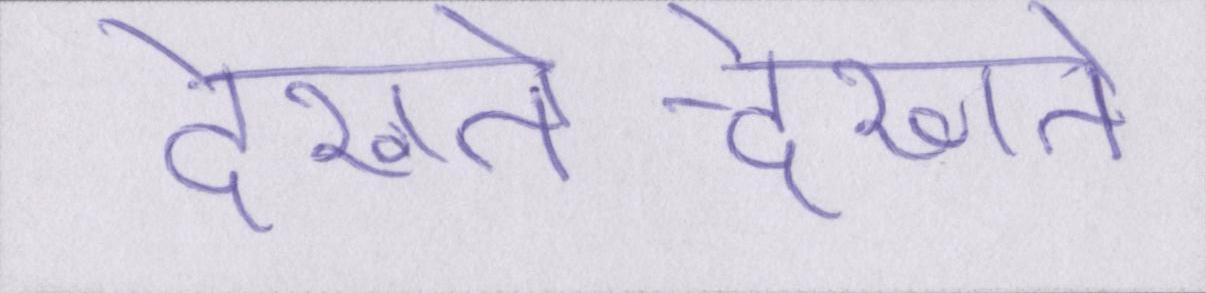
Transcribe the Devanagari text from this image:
देखते-देखते